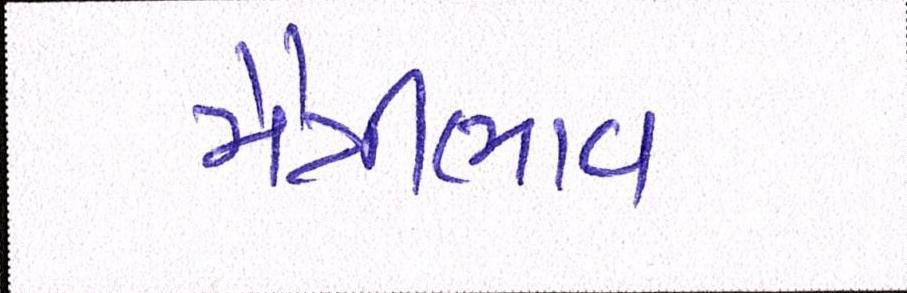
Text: મૈત્રીભાવ